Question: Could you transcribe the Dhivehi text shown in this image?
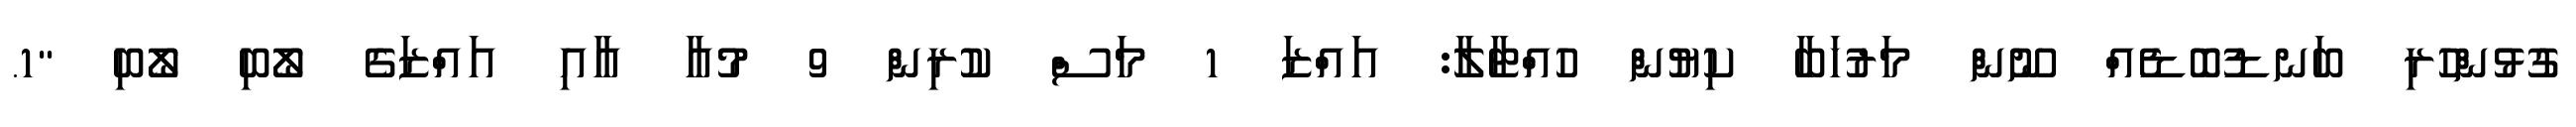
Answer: ގުޅުންހުރި ބަނޑުބޮޑެއް ނޫން މަރުހަބާ ކިޔުން ހުއްޓާލާ: އައްޒަ 1 މަސް ކުރިން 9 މުއާ އާއި އައްޒަގެ ލޯބި ލޯބި "1.